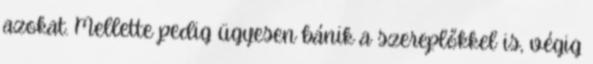
azokat. Mellette pedig ügyesen bánik a szereplőkkel is, végig